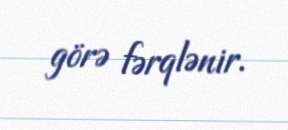
görə fərqlənir.